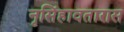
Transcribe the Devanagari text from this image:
नृसिंहावतारास